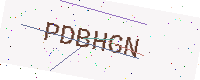
Text: PDBHGN